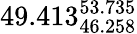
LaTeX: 49.413_{46.258}^{53.735}